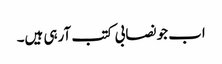
اب جو نصابی کتب آرہی ہیں۔